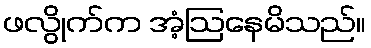
ဖလွိုက်က အံ့ဩနေမိသည်။